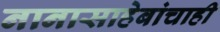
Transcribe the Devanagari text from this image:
नानासाहेबांचाही